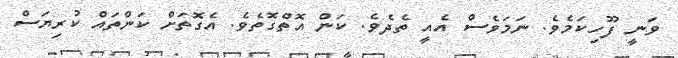
ވަނީ ފޫހިކަމެވެ. ނަމަވެސް އެއީ ތެދެވެ. ކަން އޮތްގޮތެވެ. އެގޮތަށް ކަންތައް ކުރިޔަސް